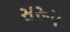
સરૂપ